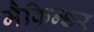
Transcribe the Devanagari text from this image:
मैकिन्डर